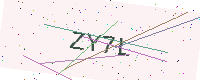
Text: ZY7L